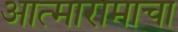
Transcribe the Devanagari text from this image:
आत्मारामाचा